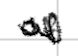
Text: of
Cross-out: zig-zag
Writing tool: digital_black